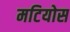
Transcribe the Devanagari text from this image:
मटियोस